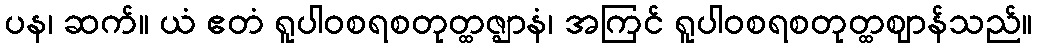
ပန၊ ဆက်။ ယံ ဧတံ ရူပါဝစရစတုတ္ထဇ္ဈာနံ၊ အကြင် ရူပါဝစရစတုတ္ထဈာန်သည်။